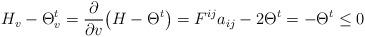
LaTeX: \begin{align*}H_v-\Theta^t_v = \frac{\partial}{\partial v}\big( H-\Theta^t\big) =F^{ij} a_{ij} -2\Theta^t=-\Theta^t\leq 0\end{align*}